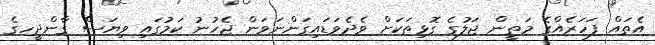
އެތައް ފަހަރެއްގެ މަތީން ޖަލުގެ ގޮޮޅިތަކަށް ވެދެވަޑައިގަންނަވަން ޖެހުނު ކަމުގައި ވިޔަސް ގާންދީހގެ